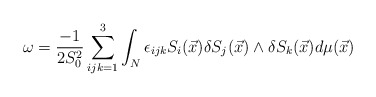
\begin{align*}\omega=\frac{-1}{2S_{0}^{2}}\sum_{ijk=1}^3\int_N\epsilon_{ijk}S_i(\vec{x})\delta S_j(\vec{x})\wedge\delta S_k(\vec{x})d\mu(\vec{x})\end{align*}